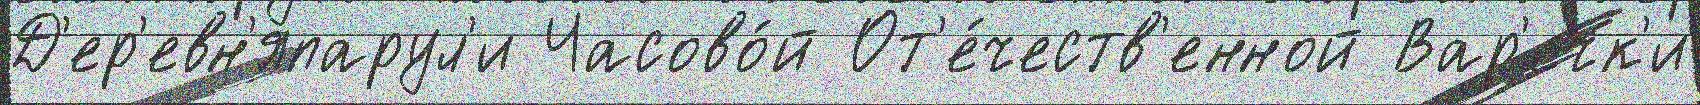
Д'ер'евн'япарул'и Часово́й От'е́честв'енной Вар'ечк'и